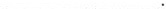
___ ___ .